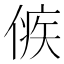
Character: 㑵